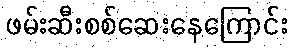
ဖမ်းဆီးစစ်ဆေးနေကြောင်း